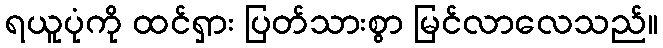
ရယူပုံကို ထင်ရှား ပြတ်သားစွာ မြင်လာလေသည်။